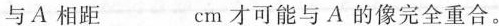
与A相距___cm才可能与A的像完全重合。